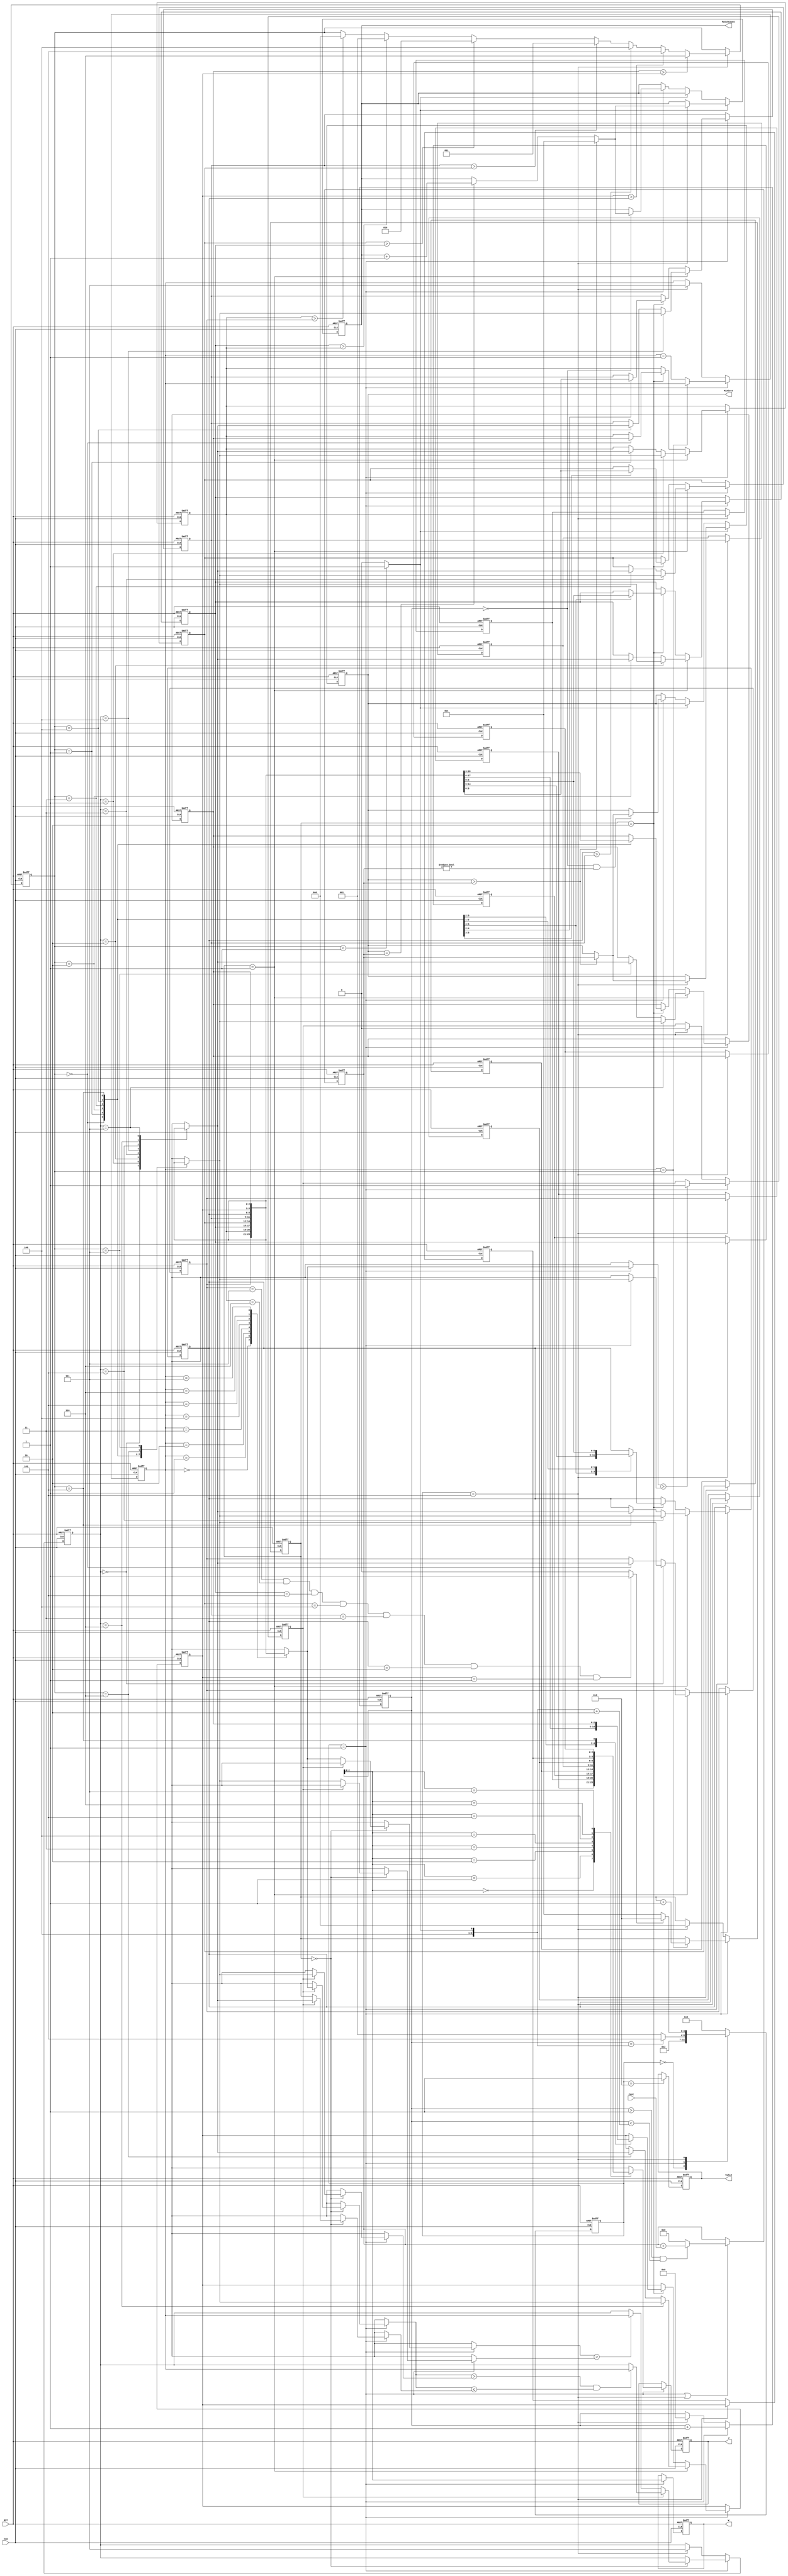
module JAM (
input CLK,
input RST,
output reg [2:0] W,
output reg [2:0] J,
input [6:0] Cost,
output reg [3:0] MatchCount,
output reg [9:0] MinCost,
output reg Valid );

localparam IDLE  = 4'd0;
localparam ADDR  = 4'd4;
localparam RECV  = 4'd1;
localparam CALC  = 4'd2;
localparam TEMP   = 4'd3;
localparam SORT = 4'd5;
localparam SORT2 = 4'd6;
localparam SORT3 = 4'd7;
localparam SORT4 = 4'd8;
localparam OUT = 4'd9;

reg [3:0] ps, ns; 
reg [4:0] index_i;
reg [2:0] permu [0:7], permu_temp [0:7]; // permutation
reg [9:0] cost_acc;

reg [2:0] pivot;

reg [2:0] min_max;
reg [2:0] index_mm;

reg flag_fst_swap;
reg[2:0] sort_step;

wire flag_done;
wire [3:0] mode;

//state switch
always@(posedge CLK or posedge RST) begin
    if(RST) begin
        ps <= IDLE;
    end
    else begin
        ps <= ns;
    end
end

//next state logic
always@(*) begin
    case(ps)
    IDLE: ns = RECV;
    RECV: ns = (index_i == mode) ? SORT : RECV;
    // CALC: ns = (index_i == 4'd8) ? TEMP : RECV;
    // TEMP: ns = (flag_done) ? OUT : SORT;
    SORT: ns = (flag_done) ? OUT : RECV;
    // SORT2: ns = (index_mm == pivot) ? SORT3 : SORT2;
    // SORT3: ns = SORT4;
    // SORT4: ns = RECV;
    default: ns = IDLE;
    endcase 
end

assign flag_done = (permu[0] == 3'd7 && permu[1] == 3'd6 && permu[2] == 3'd5 && permu[3] == 3'd4 && permu[4] == 3'd3 && permu[5] == 3'd2 && permu[6] == 3'd1) ? 1'd1 : 1'd0;
assign mode = (pivot < 3'd1) ? 4'd9 : 4'd8;

integer i;
always@(posedge CLK or posedge RST) begin
    if(RST) begin
        for (i = 0;i < 8;i = i + 1) begin
           permu[i] <= i; 
        end
    end
    else if(ps == RECV)
    begin
        if(sort_step == 3'd1)
        begin
            permu[pivot] <= permu[min_max];
            permu[min_max] <= permu[pivot];
        end

        else if(sort_step == 3'd2)
        begin
            case (pivot)
                3'd0:
                begin
                    permu[1] <= permu[7];
                    permu[7] <= permu[1];
                    permu[2] <= permu[6];
                    permu[6] <= permu[2];
                    permu[3] <= permu[5];
                    permu[5] <= permu[3];
                end
                3'd1:
                begin
                    permu[2] <= permu[7];
                    permu[7] <= permu[2];
                    permu[3] <= permu[6];
                    permu[6] <= permu[3];
                    permu[4] <= permu[5];
                    permu[5] <= permu[4];
                end
                3'd2: 
                begin
                    permu[3] <= permu[7];
                    permu[7] <= permu[3];
                    permu[6] <= permu[4];
                    permu[4] <= permu[6];
                end
                3'd3: 
                begin
                    permu[4] <= permu[7];
                    permu[7] <= permu[4];
                    permu[5] <= permu[6];
                    permu[6] <= permu[5];
                end
                3'd4:
                begin 
                    permu[5] <= permu[7];
                    permu[7] <= permu[5];
                end
                3'd5:
                begin
                    permu[6] <= permu[7];
                    permu[7] <= permu[6];
                end 
            endcase
        end
    end
end

genvar g;
generate
for(g=0;g<8;g=g+1)begin
	always @(posedge CLK or posedge RST) begin
		if(RST)
        begin
			permu_temp[g] <= g;
		end
		else if(ps == SORT) 
        begin
			permu_temp[g] <= permu[g]; 
		end
	end
end
endgenerate

////////////////////////////////////////////////////////
// SORT2
always@(posedge CLK or posedge RST) begin
    if(RST) begin
        min_max <= 3'd7;
    end
    else if(ps == RECV)
    begin
        if(sort_step == 3'd0)
        begin
            if(flag_fst_swap)
            begin
                if(permu[index_mm] > permu[pivot] && permu[index_mm] <= permu[min_max])
                begin
                    min_max <= index_mm;
                end
            end
            else
            begin
                if(permu[index_mm] > permu[pivot])
                begin
                    min_max <= index_mm;
                end
            end
        end
    end
    else if(ps == SORT)
    begin
        min_max <= 3'd7;
    end
end

always@(posedge CLK or posedge RST) begin
    if(RST)
    begin
        flag_fst_swap <= 1'd0;
    end
    else if(ps == RECV)
    begin
        if(permu[index_mm] > permu[pivot])
        begin
            flag_fst_swap <= 1'd1;
        end
    end
    else if(ps == SORT)
    begin
        flag_fst_swap <= 1'd0;
    end
end

always@(posedge CLK or posedge RST) begin
    if(RST)
    begin
        index_mm <= 3'd7;
    end
    else if(ps == RECV)
    begin
        index_mm <= (index_mm == pivot) ? index_mm : index_mm - 1'd1;
    end
    else if(ps == SORT)
    begin
        index_mm <= 3'd7;
    end
end

always@(posedge CLK or posedge RST) begin
    if(RST)
    begin
        sort_step <= 3'd0;
    end
    else if(ps == RECV)
    begin
        sort_step <= (index_mm == pivot) ? sort_step + 1'd1 : sort_step;
    end
    else if(ps == SORT)
    begin
        sort_step <= 3'd0;
    end
end
////////////////////////////////////////////////////////
always@(posedge CLK or posedge RST) begin
    if(RST)
    begin
        pivot <= 3'd7;
    end
    else if(ps == SORT)
    begin
        if(permu[7] > permu[6])begin
            pivot <= 3'd6;
        end
        else if(permu[6] > permu[5])begin
            pivot <= 3'd5;
        end
        else if(permu[5] > permu[4])begin
            pivot <= 3'd4;
        end
        else if(permu[4] > permu[3])begin
            pivot <= 3'd3;
        end
        else if(permu[3] > permu[2])begin
            pivot <= 3'd2;
        end
        else if(permu[2] > permu[1])begin
            pivot <= 3'd1;
        end
        else if(permu[1] > permu[0])begin
            pivot <= 3'd0;
        end
    end
end

// assign flag = (permu[pivot] > permu[pivot-1]) ? 1'd1 : 1'd0;

always@(posedge CLK or posedge RST) begin
    if(RST)
    begin
        index_i <= 3'd0;
    end
    else if(ps == RECV) 
    begin
        index_i <= index_i + 1'd1;
    end
    else if(ps == SORT) 
    begin
        index_i <= 3'd0;
    end
end

always@(posedge CLK or posedge RST) begin
    if(RST)
    begin
        W <= 3'd0;
    end
    else if(ps == RECV) 
    begin
        W <= index_i[2:0];
    end
end

always@(posedge CLK or posedge RST) begin
    if(RST)
    begin
        J <= 3'd0;
    end
    else if(ps == RECV) 
    begin
        J <= permu_temp[index_i[2:0]];
    end
end

always@(posedge CLK or posedge RST) begin
    if(RST) begin
        cost_acc <= 10'd0;
    end
    else if(ps == RECV || ps == SORT)
    begin
        cost_acc <= (index_i > 4'd1 && index_i < mode + 2) ? cost_acc + Cost : 10'd0;
    end
    // else if(ps == SORT)
    // begin
    //     cost_acc <= 10'd0;
    // end
end

// reg [9:0] MinCost_temp;

// always@(posedge CLK or posedge RST) begin
//     if(RST) begin
//         MinCost <= {10{1'd1}};
//     end
//     else if(ps == SORT)
//     begin
//         MinCost <= (MinCost > cost_acc) ? cost_acc : MinCost;
//     end
// end

always@(posedge CLK or posedge RST) begin
    if(RST) begin
        MinCost <= {10{1'd1}};
    end
    else if(mode == 4'd9)
    begin
        if(ps == SORT)
        begin
            MinCost <= (MinCost > cost_acc) ? cost_acc : MinCost;
        end
    end
    else if(mode == 4'd8)
    begin
        if(ps == RECV)
        begin
            if(index_i == 3'd0 && cost_acc != 10'd0)
                MinCost <= (MinCost > cost_acc) ? cost_acc : MinCost;
        end   
    end
end

// always@(posedge CLK or posedge RST) begin
//     if(RST) begin
//         MatchCount <= 5'd1;
//     end
//     else if(ps == SORT)
//     begin
//         if(MinCost > cost_acc)
//         begin
//             MatchCount <= 5'd1;
//         end
//         else if(MinCost == cost_acc)
//         begin
//             MatchCount <= MatchCount + 5'd1;
//         end
//     end
// end

always@(posedge CLK or posedge RST) begin
    if(RST) begin
        MatchCount <= 5'd1;
    end
    else if(mode == 4'd9)
    begin
        if(ps == SORT)
        begin
            if(MinCost > cost_acc)
            begin
                MatchCount <= 5'd1;
            end
            else if(MinCost == cost_acc)
            begin
                MatchCount <= MatchCount + 5'd1;
            end
        end
    end
    else if(mode == 4'd8)
    begin
        if(ps == RECV)
        begin
            if(index_i == 3'd0)
            begin
                if(MinCost > cost_acc)
                begin
                    MatchCount <= 5'd1;
                end
                else if(MinCost == cost_acc)
                begin
                    MatchCount <= MatchCount + 5'd1;
                end
            end
        end
    end
end

// output
always@(posedge CLK or posedge RST) begin
    if(RST) begin
        Valid <= 1'd0;
    end
    else if(ps == OUT)
    begin
        Valid <= 1'd1;
    end
end

endmodule